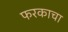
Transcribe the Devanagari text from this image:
फरकाचा